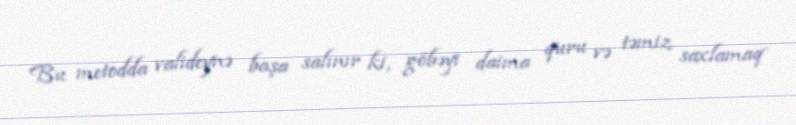
Bu metodda valideynə başa salınır ki, göbəyi daima quru və təmiz saxlamaq